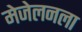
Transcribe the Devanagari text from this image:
मेजेलनला